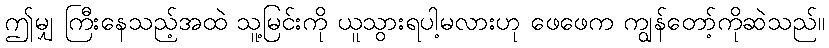
ဤမျှ ကြီးနေသည့်အထဲ သူ့မြင်းကို ယူသွားရပါ့မလားဟု ဖေဖေက ကျွန်တော့်ကိုဆဲသည်။